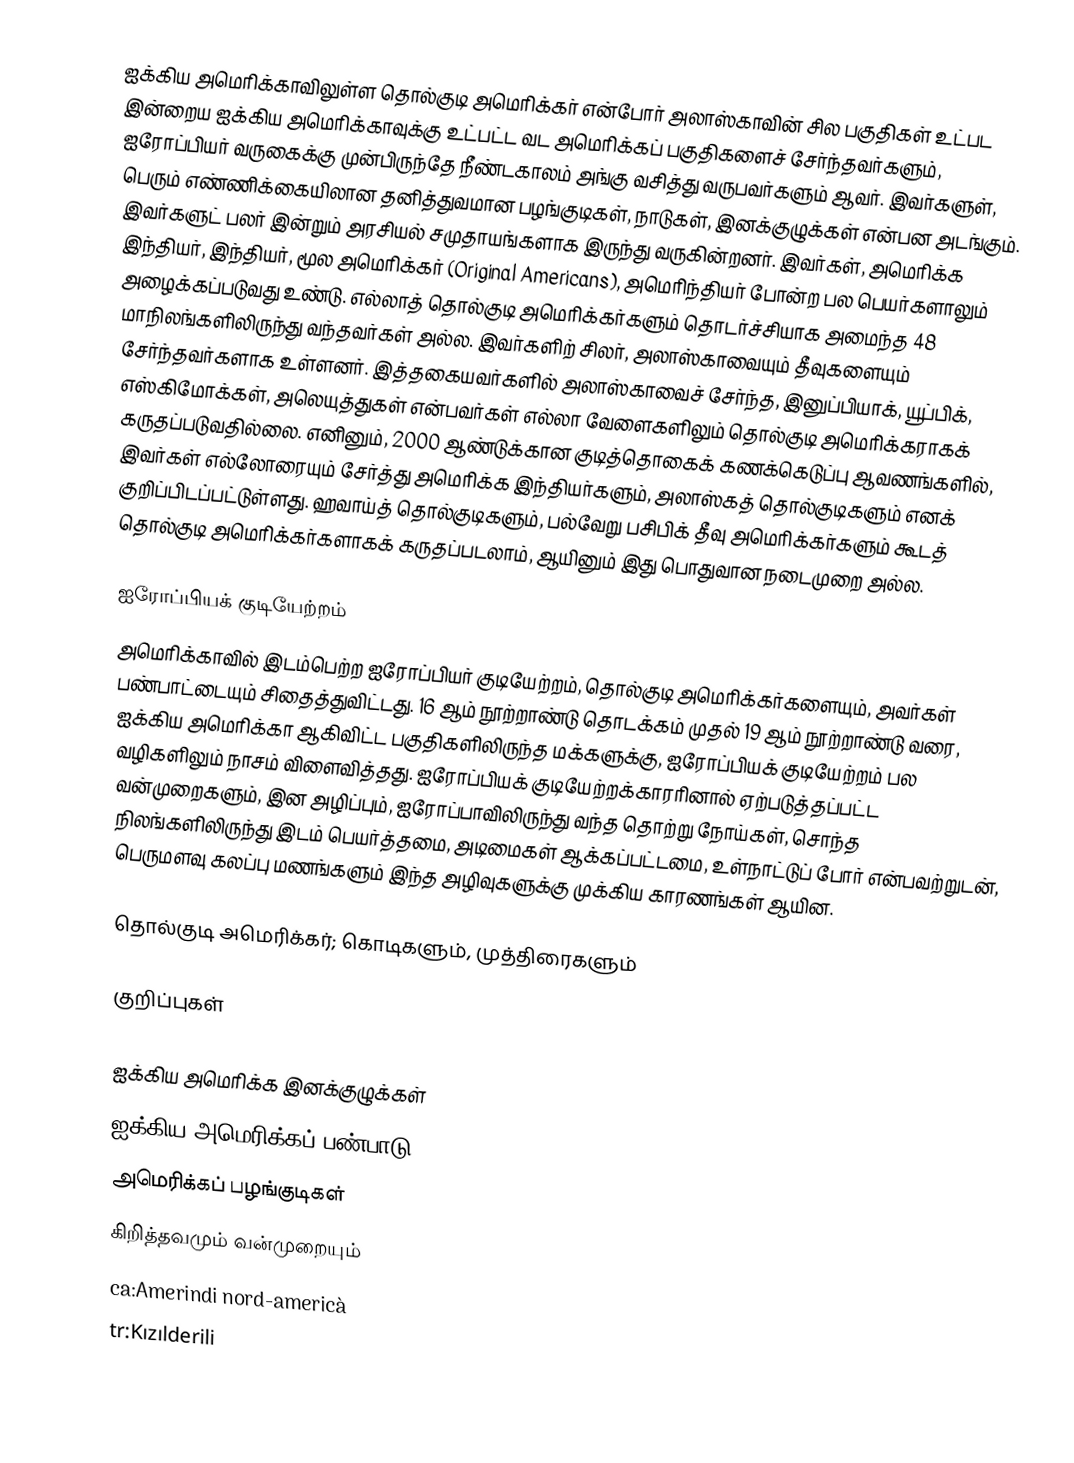
ஐக்கிய அமெரிக்காவிலுள்ள தொல்குடி அமெரிக்கர் என்போர் அலாஸ்காவின் சில பகுதிகள் உட்பட இன்றைய ஐக்கிய அமெரிக்காவுக்கு உட்பட்ட வட அமெரிக்கப் பகுதிகளைச் சேர்ந்தவர்களும், ஐரோப்பியர் வருகைக்கு முன்பிருந்தே நீண்டகாலம் அங்கு வசித்து வருபவர்களும் ஆவர். இவர்களுள், பெரும் எண்ணிக்கையிலான தனித்துவமான பழங்குடிகள், நாடுகள், இனக்குழுக்கள் என்பன அடங்கும். இவர்களுட் பலர் இன்றும் அரசியல் சமுதாயங்களாக இருந்து வருகின்றனர். இவர்கள், அமெரிக்க இந்தியர், இந்தியர், மூல அமெரிக்கர் (Original Americans), அமெரிந்தியர் போன்ற பல பெயர்களாலும் அழைக்கப்படுவது உண்டு. எல்லாத் தொல்குடி அமெரிக்கர்களும் தொடர்ச்சியாக அமைந்த 48 மாநிலங்களிலிருந்து வந்தவர்கள் அல்ல. இவர்களிற் சிலர், அலாஸ்காவையும் தீவுகளையும்  சேர்ந்தவர்களாக உள்ளனர். இத்தகையவர்களில் அலாஸ்காவைச் சேர்ந்த, இனுப்பியாக், யூப்பிக், எஸ்கிமோக்கள், அலெயுத்துகள் என்பவர்கள் எல்லா வேளைகளிலும் தொல்குடி அமெரிக்கராகக் கருதப்படுவதில்லை. எனினும், 2000 ஆண்டுக்கான குடித்தொகைக் கணக்கெடுப்பு ஆவணங்களில், இவர்கள் எல்லோரையும் சேர்த்து அமெரிக்க இந்தியர்களும், அலாஸ்கத் தொல்குடிகளும் எனக் குறிப்பிடப்பட்டுள்ளது. ஹவாய்த் தொல்குடிகளும், பல்வேறு பசிபிக் தீவு அமெரிக்கர்களும் கூடத் தொல்குடி அமெரிக்கர்களாகக் கருதப்படலாம், ஆயினும் இது பொதுவான நடைமுறை அல்ல.

ஐரோப்பியக் குடியேற்றம்
அமெரிக்காவில் இடம்பெற்ற ஐரோப்பியர் குடியேற்றம், தொல்குடி அமெரிக்கர்களையும், அவர்கள் பண்பாட்டையும் சிதைத்துவிட்டது. 16 ஆம் நூற்றாண்டு தொடக்கம் முதல் 19 ஆம் நூற்றாண்டு வரை, ஐக்கிய அமெரிக்கா ஆகிவிட்ட பகுதிகளிலிருந்த மக்களுக்கு, ஐரோப்பியக் குடியேற்றம் பல வழிகளிலும் நாசம் விளைவித்தது. ஐரோப்பியக் குடியேற்றக்காரரினால் ஏற்படுத்தப்பட்ட வன்முறைகளும், இன அழிப்பும், ஐரோப்பாவிலிருந்து வந்த தொற்று நோய்கள், சொந்த நிலங்களிலிருந்து இடம் பெயர்த்தமை, அடிமைகள் ஆக்கப்பட்டமை, உள்நாட்டுப் போர் என்பவற்றுடன், பெருமளவு கலப்பு மணங்களும் இந்த அழிவுகளுக்கு முக்கிய காரணங்கள் ஆயின.

தொல்குடி அமெரிக்கர்; கொடிகளும், முத்திரைகளும்

குறிப்புகள்

ஐக்கிய அமெரிக்க இனக்குழுக்கள்
ஐக்கிய அமெரிக்கப் பண்பாடு
அமெரிக்கப் பழங்குடிகள்
கிறித்தவமும் வன்முறையும்
ca:Amerindi nord-americà
tr:Kızılderili